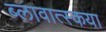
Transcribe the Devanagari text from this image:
ब्लावात्स्कया